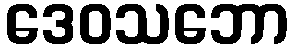
ဒေဝသဘော